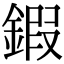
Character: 鍜